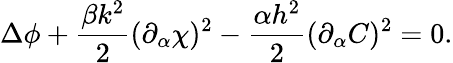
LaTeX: \Delta\phi+\frac{\beta k^{2}}{2}(\partial_{\alpha}\chi)^{2}-\frac{\alpha h^{2}}{2}(\partial_{\alpha}C)^{2}=0.